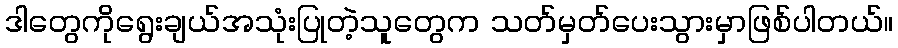
ဒါတွေကိုရွေးချယ်အသုံးပြုတဲ့သူတွေက သတ်မှတ်ပေးသွားမှာဖြစ်ပါတယ်။